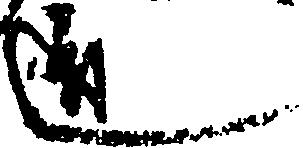
道